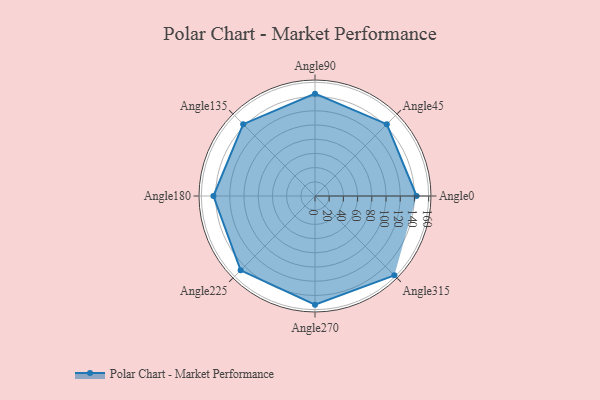
{"axis": {"x": "Angle", "y": "Radius"}, "legend": [""], "data": [{"x": "Angle0", "y": 143.0, "type": ""}, {"x": "Angle45", "y": 143.0, "type": ""}, {"x": "Angle90", "y": 144.0, "type": ""}, {"x": "Angle135", "y": 143.0, "type": ""}, {"x": "Angle180", "y": 143.0, "type": ""}, {"x": "Angle225", "y": 148.0, "type": ""}, {"x": "Angle270", "y": 153.0, "type": ""}, {"x": "Angle315", "y": 158.0, "type": ""}]}